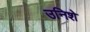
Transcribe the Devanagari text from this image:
उनिशे